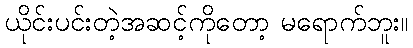
ယိုင်းပင်းတဲ့အဆင့်ကိုတော့ မရောက်ဘူး။